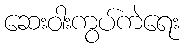
ဆေးဝါးကွပ်ကဲရေး